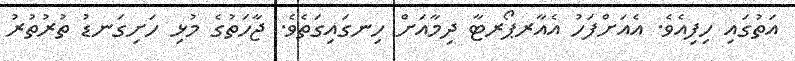
އަތުގައި ހިފިއެވެ. އެއަށްފަހު އެއާރޕޯރޓާ ދިމާއަށް ހިނގައިގަތެވެ. ޖާހަތުގެ މުޅި ހަށިގަނޑު ތުރުތުރު